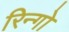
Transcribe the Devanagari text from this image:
रिन्गो